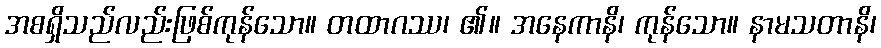
အစရှိသည်လည်းဖြစ်ကုန်သော။ တထာဂဿ၊ ၏။ အနေကာနိ၊ ကုန်သော။ နာမသတာနိ၊